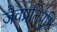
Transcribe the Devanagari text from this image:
जैवप्रतिपुष्टि